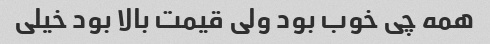
همه چی خوب بود ولی قیمت بالا بود خیلی